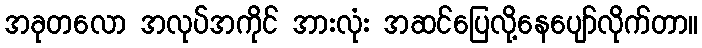
အခုတလော အလုပ်အကိုင် အားလုံး အဆင်ပြေလို့နေပျော်လိုက်တာ။